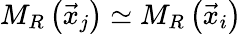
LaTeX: M_{R}\left(\vec{x}_{j}\right)\simeq M_{R}\left(\vec{x}_{i}\right)